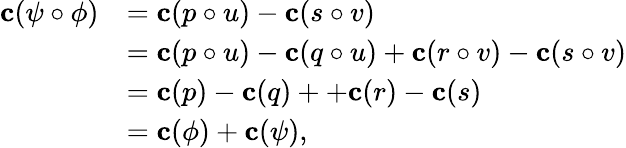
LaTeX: \begin{array}{rl}{\mathbf c(\psi\circ\phi)}&{=\mathbf c(p\circ u)-\mathbf c(s\circ v)}\\ &{=\mathbf c(p\circ u)-\mathbf c(q\circ u)+\mathbf c(r\circ v)-\mathbf c(s\circ v)}\\ &{=\mathbf c(p)-\mathbf c(q)++\mathbf c(r)-\mathbf c(s)}\\ &{=\mathbf c(\phi)+\mathbf c(\psi),}\end{array}